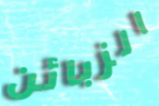
الزبائن